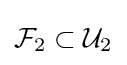
{\mathcal {F}}_{2}\subset {\mathcal {U}}_{2}